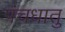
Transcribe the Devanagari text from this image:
पंचधातु